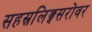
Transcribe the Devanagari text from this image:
सहस्रलिङ्गसरोवर